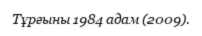
Тұрғыны 1984 адам (2009).